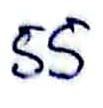
55